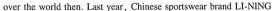
over the world then. Last year, Chinese sportswear brand LI-NING